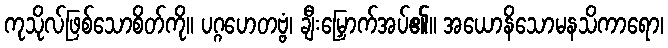
ကုသိုလ်ဖြစ်သောစိတ်ကို။ ပဂ္ဂဟေတဗ္ဗံ၊ ချီးမြှောက်အပ်၏။ အယောနိသောမနသိကာရော၊